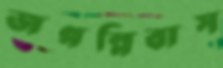
জগন্নিবাস